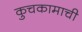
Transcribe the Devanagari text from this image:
कुचकामाची